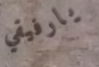
يارفيقي